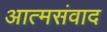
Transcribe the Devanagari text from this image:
आत्मसंवाद